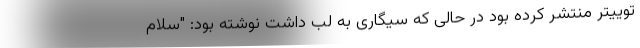
توییتر منتشر کرده بود در حالی که سیگاری به لب داشت نوشته بود: "سلام